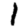
Digit: 1